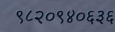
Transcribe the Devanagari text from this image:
९८२०९४०६३६